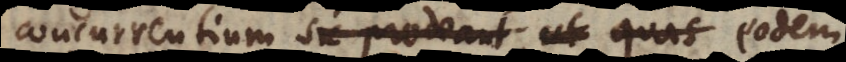
concurrentium sic prodeant, ut quas eodem